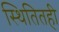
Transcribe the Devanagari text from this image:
स्थितितही